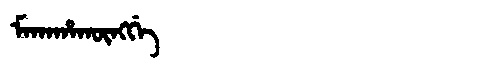
Manchu: ᠮᠠᡴᠠᡥᠠᡴᡡᠩᡤᡝ
Romanization: MAKAHAKŪNGGE